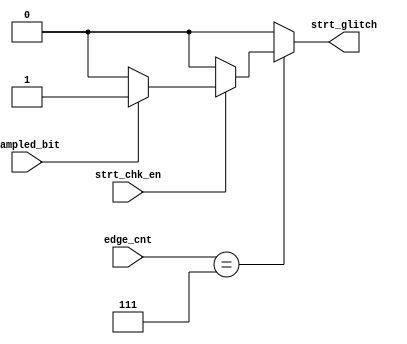
module Start_Check (
    input wire  strt_chk_en, sampled_bit,
    input wire [2:0]    edge_cnt,
    output reg strt_glitch
);

reg strt_glitch_c;

always @(*) 
begin
    if (strt_chk_en) 
    begin
        if (sampled_bit) 
        begin
            strt_glitch_c = 1'b1;
        end    
        else
        begin
            strt_glitch_c = 1'b0;
        end
    end
    else
    begin
        strt_glitch_c = 1'b0;
    end
end

always @(*) 
begin
    if (edge_cnt == 3'b111) 
    begin
        strt_glitch = strt_glitch_c;
    end    
    else
    begin
        strt_glitch = 1'b0;
    end
end
    
endmodule